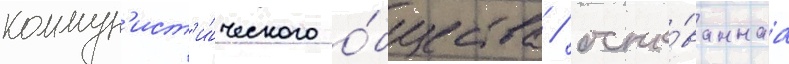
коммун'ист'и́ческого о́бщества / осно́ваннаа